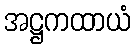
အဋ္ဌကထာယံ